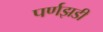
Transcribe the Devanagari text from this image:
पर्णझडी